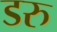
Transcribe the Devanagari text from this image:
डरु